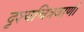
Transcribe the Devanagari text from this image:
दृश्यचित्रवाणी